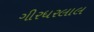
ગીરધરલાલ